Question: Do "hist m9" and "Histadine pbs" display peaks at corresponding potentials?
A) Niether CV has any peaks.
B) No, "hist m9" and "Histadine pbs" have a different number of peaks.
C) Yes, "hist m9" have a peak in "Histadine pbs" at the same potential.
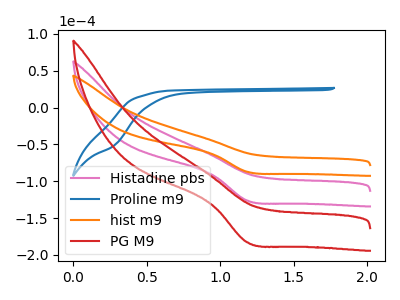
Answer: <think>The pink curve "Histadine pbs" has a cathodic peak at: (1.20V, -126.30uA). The blue curve "Proline m9" has no peaks. The orange curve "hist m9" has a cathodic peak at: (1.20V, -87.20uA). The red curve "PG M9" has a cathodic peak at: (1.20V, -252.55uA).</think>
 <answer>C) Yes, "hist m9" have a peak in "Histadine pbs" at the same potential.</answer>
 <eval>C</eval>